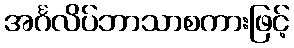
အင်္ဂလိပ်ဘာသာစကားဖြင့်